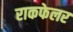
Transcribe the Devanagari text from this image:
राकफेलर